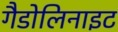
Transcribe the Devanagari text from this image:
गैडोलिनाइट